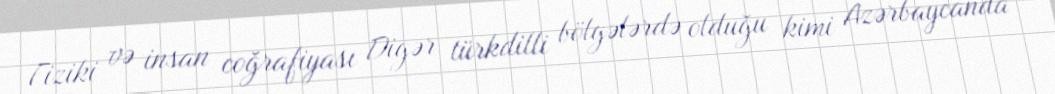
Fiziki və insan coğrafiyası Digər türkdilli bölgələrdə olduğu kimi Azərbaycanda